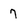
Character: 7